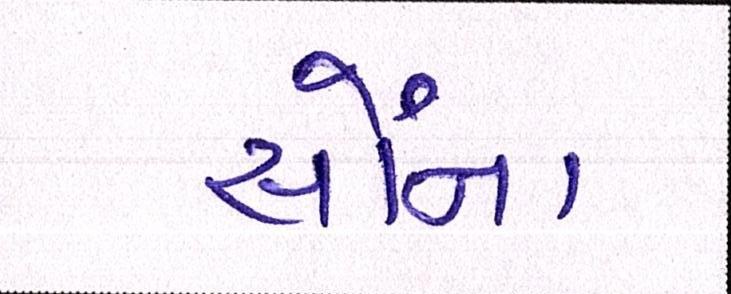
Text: સૌના